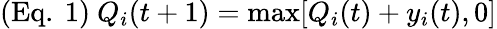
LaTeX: ({\mathrm{Eq.~}}1){\mathrm{~}}Q_{i}(t+1)=\operatorname*{max}[Q_{i}(t)+y_{i}(t),0]